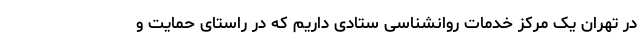
در تهران یک مرکز خدمات روانشناسی ستادی داریم که در راستای حمایت و